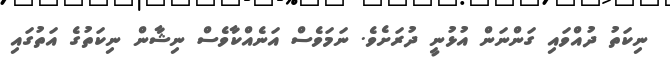
ނިކަތު ދުއްވައި ގަންނަން އުޅުނީ ދުރަށެވެ. ނަމަވެސް އަނެއްކާވެސް ނިޝާން ނިކަތުގެ އަތުގައި